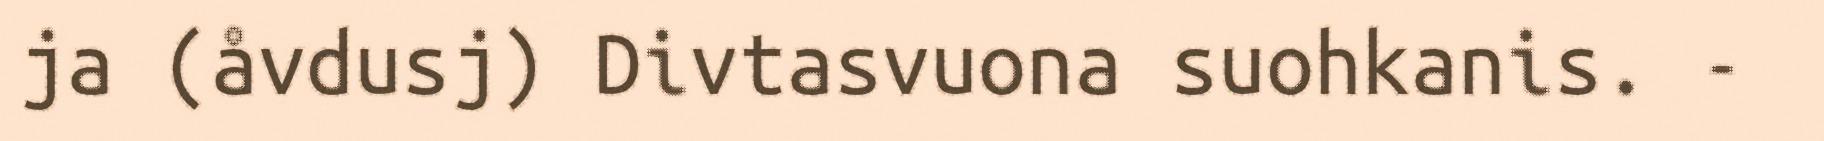
ja (åvdusj) Divtasvuona suohkanis. -